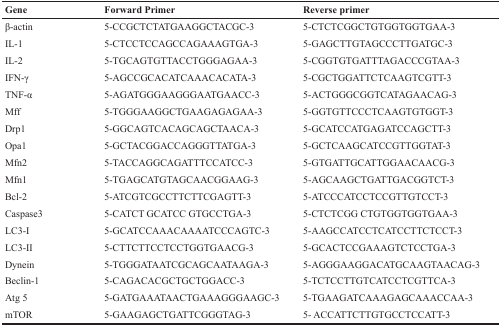
| Gene | Forward Primer | Reverse primer |
 | --- | --- | --- |
 | β-actin | 5-CCGCTCTATGAAGGCTACGC-3 | 5-CTCTCGGCTGTGGTGGTGAA-3 |
 | IL-1 | 5-CTCCTCCAGCCAGAAAGTGA-3 | 5-GAGCTTGTAGCCCTTGATGC-3 |
 | IL-2 | 5-TGCAGTGTTACCTGGGAGAA-3 | 5-CGGTGTGATTTAGACCCGTAA-3 |
 | IFN-γ | 5-AGCCGCACATCAAACACATA-3 | 5-CGCTGGATTCTCAAGTCGTT-3 |
 | TNF-α | 5-AGATGGGAAGGGAATGAACC-3 | 5-ACTGGGCGGTCATAGAACAG-3 |
 | Mff | 5-TGGGAAGGCTGAAGAGAGAA-3 | 5-GGTGTTCCCTCAAGTGTGGT-3 |
 | Drp1 | 5-GGCAGTCACAGCAGCTAACA-3 | 5-GCATCCATGAGATCCAGCTT-3 |
 | Opa1 | 5-GCTACGGACCAGGGTTATGA-3 | 5-GCTCAAGCATCCGTTGGTAT-3 |
 | Mfn2 | 5-TACCAGGCAGATTTCCATCC-3 | 5-GTGATTGCATTGGAACAACG-3 |
 | Mfn1 | 5-TGAGCATGTAGCAACGGAAG-3 | 5-AGCAAGCTGATTGACGGTCT-3 |
 | Bcl-2 | 5-ATCGTCGCCTTCTTCGAGTT-3 | 5-ATCCCATCCTCCGTTGTCCT-3 |
 | Caspase3 | 5-CATCT GCATCC GTGCCTGA-3 | 5-CTCTCGG CTGTGGTGGTGAA-3 |
 | LC3-I | 5-GCATCCAAACAAAATCCCAGTC-3 | 5-AAGCCATCCTCATCCTTCTCCT-3 |
 | LC3-II | 5-CTTCTTCCTCCTGGTGAACG-3 | 5-GCACTCCGAAAGTCTCCTGA-3 |
 | Dynein | 5-TGGGATAATCGCAGCAATAAGA-3 | 5-AGGGAAGGACATGCAAGTAACAG-3 |
 | Beclin-1 | 5-CAGACACGCTGCTGGACC-3 | 5-TCTCCTTGTCATCCTCGTTCA-3 |
 | Atg 5 | 5-GATGAAATAACTGAAAGGGAAGC-3 | 5-TGAAGATCAAAGAGCAAACCAA-3 |
 | mTOR | 5-GAAGAGCTGATTCGGGTAG-3 | 5- ACCATTCTTGTGCCTCCATT-3 |